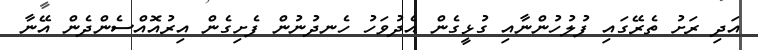
އަދި ރަށު ތެރޭގައި ފުލުހުންނާއި ގުޅީގެން އެދުވަހު ހެނދުނުން ފެށިގެން އިރުއޮއްސެންދެން އޭނާ